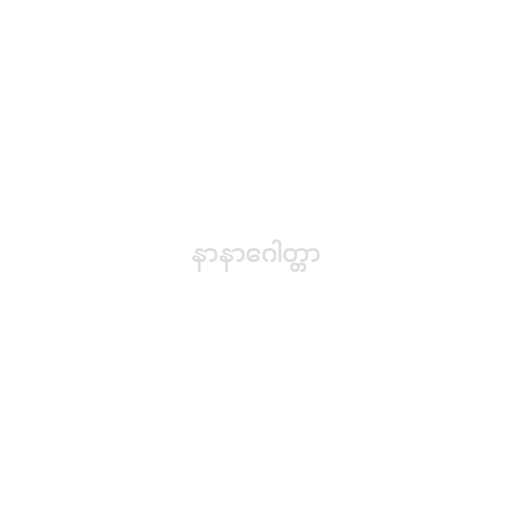
နာနာဂေါတ္တာ